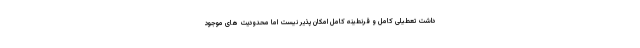
داشت تعطیلی کامل و قرنطینه کامل امکان پذیر نیست اما محدودیت های موجود